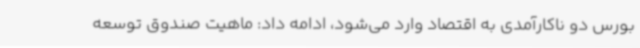
بورس دو ناکارآمدی به اقتصاد وارد می‌شود، ادامه داد: ماهیت صندوق توسعه